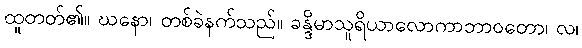
ထူတတ်၏။ ဃနော၊ တစ်ခဲနက်သည်။ ခန္ဒိမာသူရိယာလောကာဘာဝတော၊ လ၊